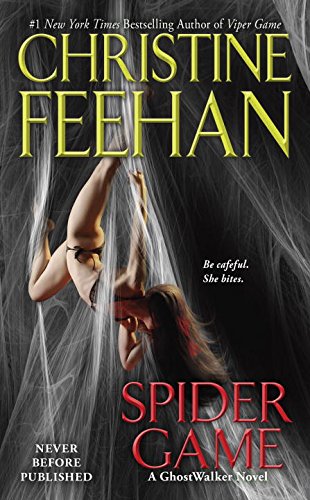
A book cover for Spider Game: Ghostwalker Series; Christine Feehan; Science Fiction & Fantasy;